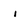
Character: i